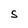
Character: S